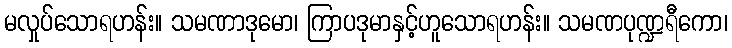
မလှုပ်သောရဟန်း။ သမဏာဒုမော၊ ကြာပဒုမာနှင့်ဟူသောရဟန်း။ သမဏပုဏ္ဍရီကော၊